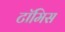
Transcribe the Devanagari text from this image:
टॉमिस